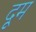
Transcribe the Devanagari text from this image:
दूूम